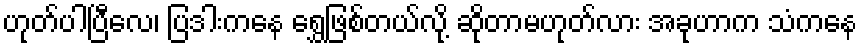
ဟုတ်ပါပြီလေ၊ ပြဒါးကနေ ရွှေဖြစ်တယ်လို့ ဆိုတာမဟုတ်လား အခုဟာက သံကနေ